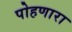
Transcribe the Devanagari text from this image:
पोहणारा